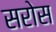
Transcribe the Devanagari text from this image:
सरोस